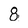
Character: 8